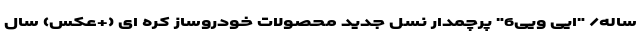
ساله/ "ایی ویی6" پرچمدار نسل جدید محصولات خودروساز کره ای (+عکس) سال